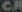
CR